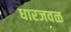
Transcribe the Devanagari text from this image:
धारजवळ